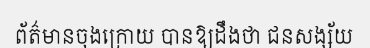
ព័ត៌មានចុងក្រោយ បានឱ្យដឹងថា ជនសង្ស័យ